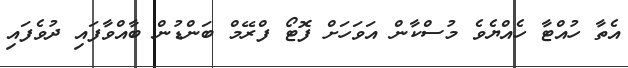
އެތާ ހުއްޓާ ހެއްޔެވެ މުސްކާން އަވަހަށް ފޮޓޯ ފްރޭމް ބަންޑުން ބާއްވާފައި ދުވެފައި